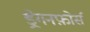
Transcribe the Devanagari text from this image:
ड्रेगनफ़ोर्स